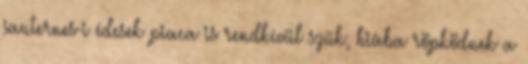
sauternes-i édesek piaca is rendkívül szűk, hiába röpködnek a